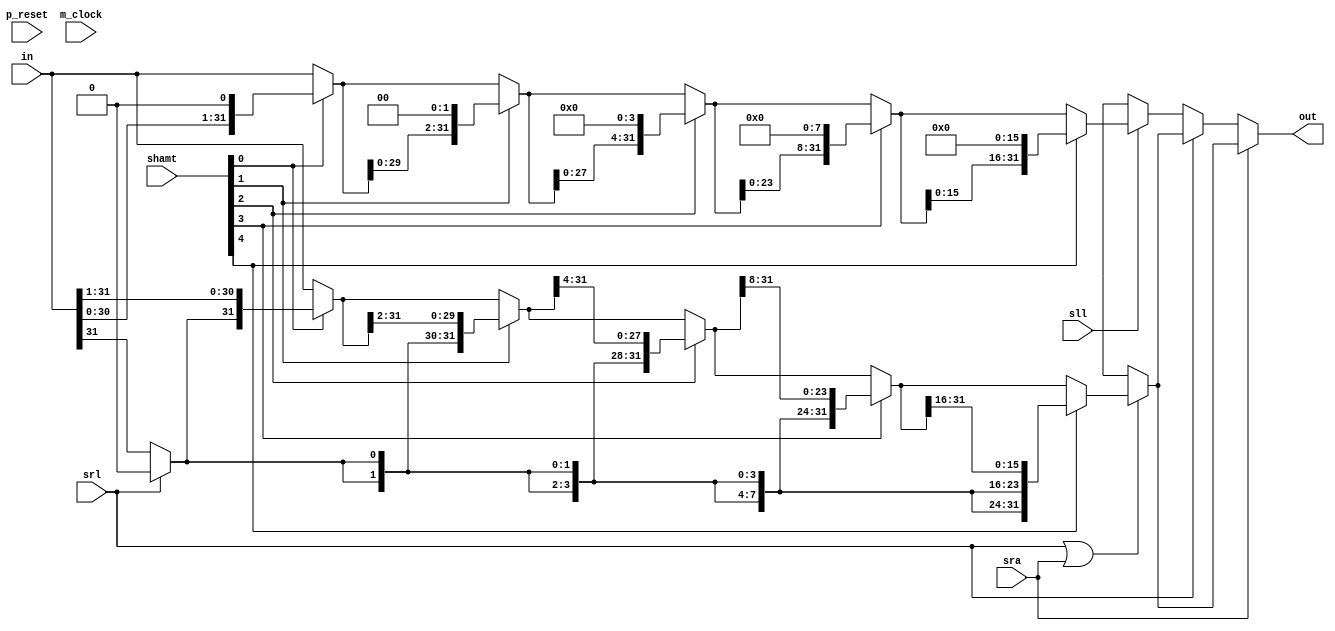
/*
 * This code is produced by: 
 *   FSL Compiler version 0.1 alpha (2020-05-08) build 20E313
 *   Designed by Nobuya WATANABE, Okayama University, 2015-2020.
 * 
 *   Thu May 21 16:12:16 JST 2020
 * 
 * The source file of this code: 'shift32.fsl'.
 * 
 * INFO: 
 * 
 */
/* ModuleDef: shift32 */

module shift32(p_reset, m_clock, in, shamt, out, sll, srl, sra);
  input         p_reset;
  wire          p_reset;
  input         m_clock;
  wire          m_clock;
  input  [31:0] in;
  wire   [31:0] in;
  input   [4:0] shamt;
  wire    [4:0] shamt;
  output [31:0] out;
  wire   [31:0] out;
  input         sll;
  wire          sll;
  input         srl;
  wire          srl;
  input         sra;
  wire          sra;
  /* for bundle-type input/output */
  /* local decls */
  wire          __net0;
  wire          __net1;
  wire          __net10;
  wire   [31:0] __net11;
  wire          __net12;
  wire   [31:0] __net13;
  wire          __net2;
  wire          __net3;
  wire          __net4;
  wire          __net5;
  wire          __net6;
  wire          __net7;
  wire          __net8;
  wire          __net9;
  wire   [31:0] _shift_right_in;
  wire   [31:0] _shift_right_result_;
  wire          _shift_right_s01;
  wire    [1:0] _shift_right_s02_1_1000;
  wire    [3:0] _shift_right_s04_1_1001;
  wire    [7:0] _shift_right_s08_1_1002;
  wire   [15:0] _shift_right_s16_1_1003;
  wire   [31:0] _shift_right_t1_1_1004;
  wire   [31:0] _shift_right_t2_1_1005;
  wire   [31:0] _shift_right_t3_1_1006;
  wire   [31:0] _shift_right_t4_1_1007;
  wire   [31:0] _shift_right_t5_1_1008;
  wire          _sll_s01_1_1009;
  wire    [1:0] _sll_s02_1_1010;
  wire    [3:0] _sll_s04_1_1011;
  wire    [7:0] _sll_s08_1_1012;
  wire   [15:0] _sll_s16_1_1013;
  wire   [31:0] _sll_t1_1_1014;
  wire   [31:0] _sll_t2_1_1015;
  wire   [31:0] _sll_t3_1_1016;
  wire   [31:0] _sll_t4_1_1017;
  wire   [31:0] _sll_t5_1_1018;
  wire          shift_right;
  /* assigns */
  assign __net0 = shift_right ? shamt[0] == 1'B1 ? 1'b1 : 1'b0 : 1'bx;
  assign __net1 = shift_right ? shamt[1] == 1'B1 ? 1'b1 : 1'b0 : 1'bx;
  assign __net10 = srl ? 1'B0 : 1'bx;
  assign __net11 = srl ? in : 32'bx;
  assign __net12 = sra ? in[31] : 1'bx;
  assign __net13 = sra ? in : 32'bx;
  assign __net2 = shift_right ? shamt[2] == 1'B1 ? 1'b1 : 1'b0 : 1'bx;
  assign __net3 = shift_right ? shamt[3] == 1'B1 ? 1'b1 : 1'b0 : 1'bx;
  assign __net4 = shift_right ? shamt[4] == 1'B1 ? 1'b1 : 1'b0 : 1'bx;
  assign __net5 = sll ? shamt[0] == 1'B1 ? 1'b1 : 1'b0 : 1'bx;
  assign __net6 = sll ? shamt[1] == 1'B1 ? 1'b1 : 1'b0 : 1'bx;
  assign __net7 = sll ? shamt[2] == 1'B1 ? 1'b1 : 1'b0 : 1'bx;
  assign __net8 = sll ? shamt[3] == 1'B1 ? 1'b1 : 1'b0 : 1'bx;
  assign __net9 = sll ? shamt[4] == 1'B1 ? 1'b1 : 1'b0 : 1'bx;
  assign _shift_right_in = srl ? __net11 : sra ? __net13 : 32'bx;
  assign _shift_right_result_ = shift_right ? _shift_right_t5_1_1008 : 32'bx;
  assign _shift_right_s01 = srl ? __net10 : sra ? __net12 : 1'bx;
  assign _shift_right_s02_1_1000 = shift_right ? 
                                     {_shift_right_s01, _shift_right_s01} : 
                                     2'bx;
  assign _shift_right_s04_1_1001 = shift_right ? 
                                     {_shift_right_s02_1_1000, _shift_right_s02_1_1000} : 
                                     4'bx;
  assign _shift_right_s08_1_1002 = shift_right ? 
                                     {_shift_right_s04_1_1001, _shift_right_s04_1_1001} : 
                                     8'bx;
  assign _shift_right_s16_1_1003 = shift_right ? 
                                     {_shift_right_s08_1_1002, _shift_right_s08_1_1002} : 
                                     16'bx;
  assign _shift_right_t1_1_1004 = shift_right ? 
                                    shamt[0] == 1'B1 ? 
                                      {_shift_right_s01, _shift_right_in[31:1]} : 
                                      _shift_right_in : 
                                    32'bx;
  assign _shift_right_t2_1_1005 = shift_right ? 
                                    shamt[1] == 1'B1 ? 
                                      {_shift_right_s02_1_1000, _shift_right_t1_1_1004[31:2]} : 
                                      _shift_right_t1_1_1004 : 
                                    32'bx;
  assign _shift_right_t3_1_1006 = shift_right ? 
                                    shamt[2] == 1'B1 ? 
                                      {_shift_right_s04_1_1001, _shift_right_t2_1_1005[31:4]} : 
                                      _shift_right_t2_1_1005 : 
                                    32'bx;
  assign _shift_right_t4_1_1007 = shift_right ? 
                                    shamt[3] == 1'B1 ? 
                                      {_shift_right_s08_1_1002, _shift_right_t3_1_1006[31:8]} : 
                                      _shift_right_t3_1_1006 : 
                                    32'bx;
  assign _shift_right_t5_1_1008 = shift_right ? 
                                    shamt[4] == 1'B1 ? 
                                      {_shift_right_s16_1_1003, _shift_right_t4_1_1007[31:16]} : 
                                      _shift_right_t4_1_1007 : 
                                    32'bx;
  assign _sll_s01_1_1009 = sll ? 1'B0 : 1'bx;
  assign _sll_s02_1_1010 = sll ? 2'B00 : 2'bx;
  assign _sll_s04_1_1011 = sll ? 4'B0000 : 4'bx;
  assign _sll_s08_1_1012 = sll ? 8'B00000000 : 8'bx;
  assign _sll_s16_1_1013 = sll ? 16'B0000000000000000 : 16'bx;
  assign _sll_t1_1_1014 = sll ? 
                            shamt[0] == 1'B1 ? 
                              {in[30:0], 1'B0} : 
                              in : 
                            32'bx;
  assign _sll_t2_1_1015 = sll ? 
                            shamt[1] == 1'B1 ? 
                              {_sll_t1_1_1014[29:0], 2'B00} : 
                              _sll_t1_1_1014 : 
                            32'bx;
  assign _sll_t3_1_1016 = sll ? 
                            shamt[2] == 1'B1 ? 
                              {_sll_t2_1_1015[27:0], 4'B0000} : 
                              _sll_t2_1_1015 : 
                            32'bx;
  assign _sll_t4_1_1017 = sll ? 
                            shamt[3] == 1'B1 ? 
                              {_sll_t3_1_1016[23:0], 8'B00000000} : 
                              _sll_t3_1_1016 : 
                            32'bx;
  assign _sll_t5_1_1018 = sll ? 
                            shamt[4] == 1'B1 ? 
                              {_sll_t4_1_1017[15:0], 16'B0000000000000000} : 
                              _sll_t4_1_1017 : 
                            32'bx;
  assign out = sra ? 
                 _shift_right_result_ : 
                 srl ? 
                   _shift_right_result_ : 
                   sll ? 
                     _sll_t5_1_1018 : 
                     32'bx;
  /* invokes */
  /* private function */
  assign shift_right = srl | sra;
  /* defs */
  /* FunDef sll */
  /*   parameter: in: Bit(32) */
  /*   parameter: shamt: Bit(5) */
  /* FunDef srl */
  /*   parameter: in: Bit(32) */
  /*   parameter: shamt: Bit(5) */
  /* FunDef sra */
  /*   parameter: in: Bit(32) */
  /*   parameter: shamt: Bit(5) */
endmodule
/* End of file (shift32.v) */